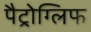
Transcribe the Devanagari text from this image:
पैट्रोग्लिफ